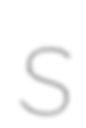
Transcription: S